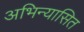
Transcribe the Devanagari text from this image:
अभिन्यासित